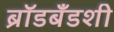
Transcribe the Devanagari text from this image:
ब्रॉडबँडशी